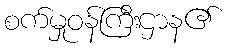
စက်မှုဝန်ကြီးဌာန၏